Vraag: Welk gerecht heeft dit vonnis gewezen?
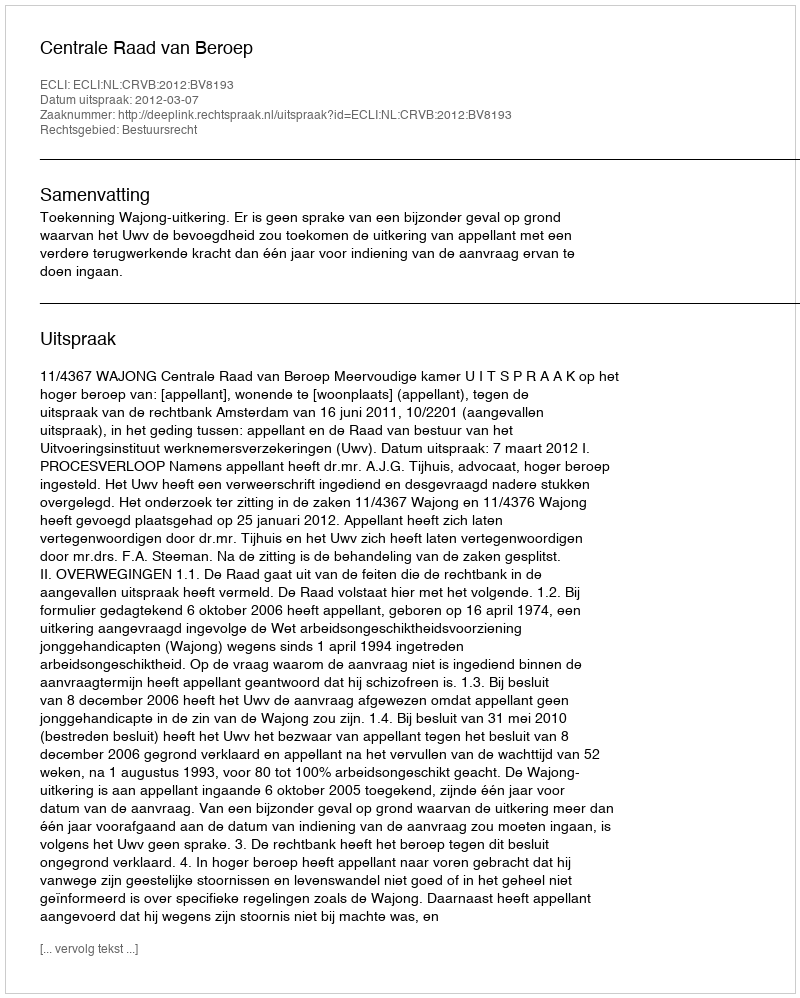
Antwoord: Centrale Raad van Beroep